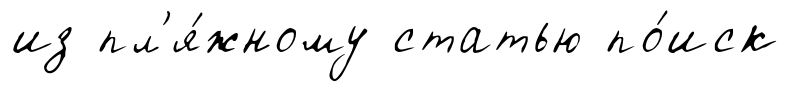
из пл'я́жному статью по́иск